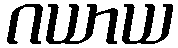
ဂယာယ